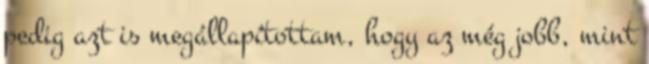
pedig azt is megállapítottam, hogy az még jobb, mint